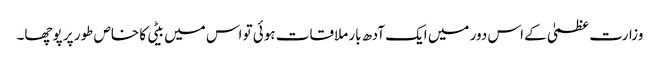
وزارت عظمیٰ کے اس دور میں ایک آدھ بار ملاقات ہوئی تو اس میں بیٹی کا خاص طور پر پوچھا۔